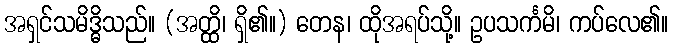
အရှင်သမိဒ္ဓိသည်။ (အတ္ထိ၊ ရှိ၏။) တေန၊ ထိုအရပ်သို့။ ဥပသင်္ကမိ၊ ကပ်လေ၏။